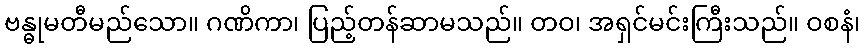
ဗန္ဓုမတီမည်သော။ ဂဏိကာ၊ ပြည့်တန်ဆာမသည်။ တဝ၊ အရှင်မင်းကြီးသည်။ ဝစနံ၊